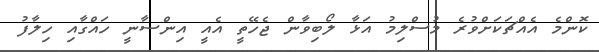
ކޮންމެ އެއްޗަކަށްވުރެ މުސްލިމު އަޅާ ލޯބިވާން ޖެހޭތީ އެއީ އިންސާނީ ހައްގާއި ހިލާފު